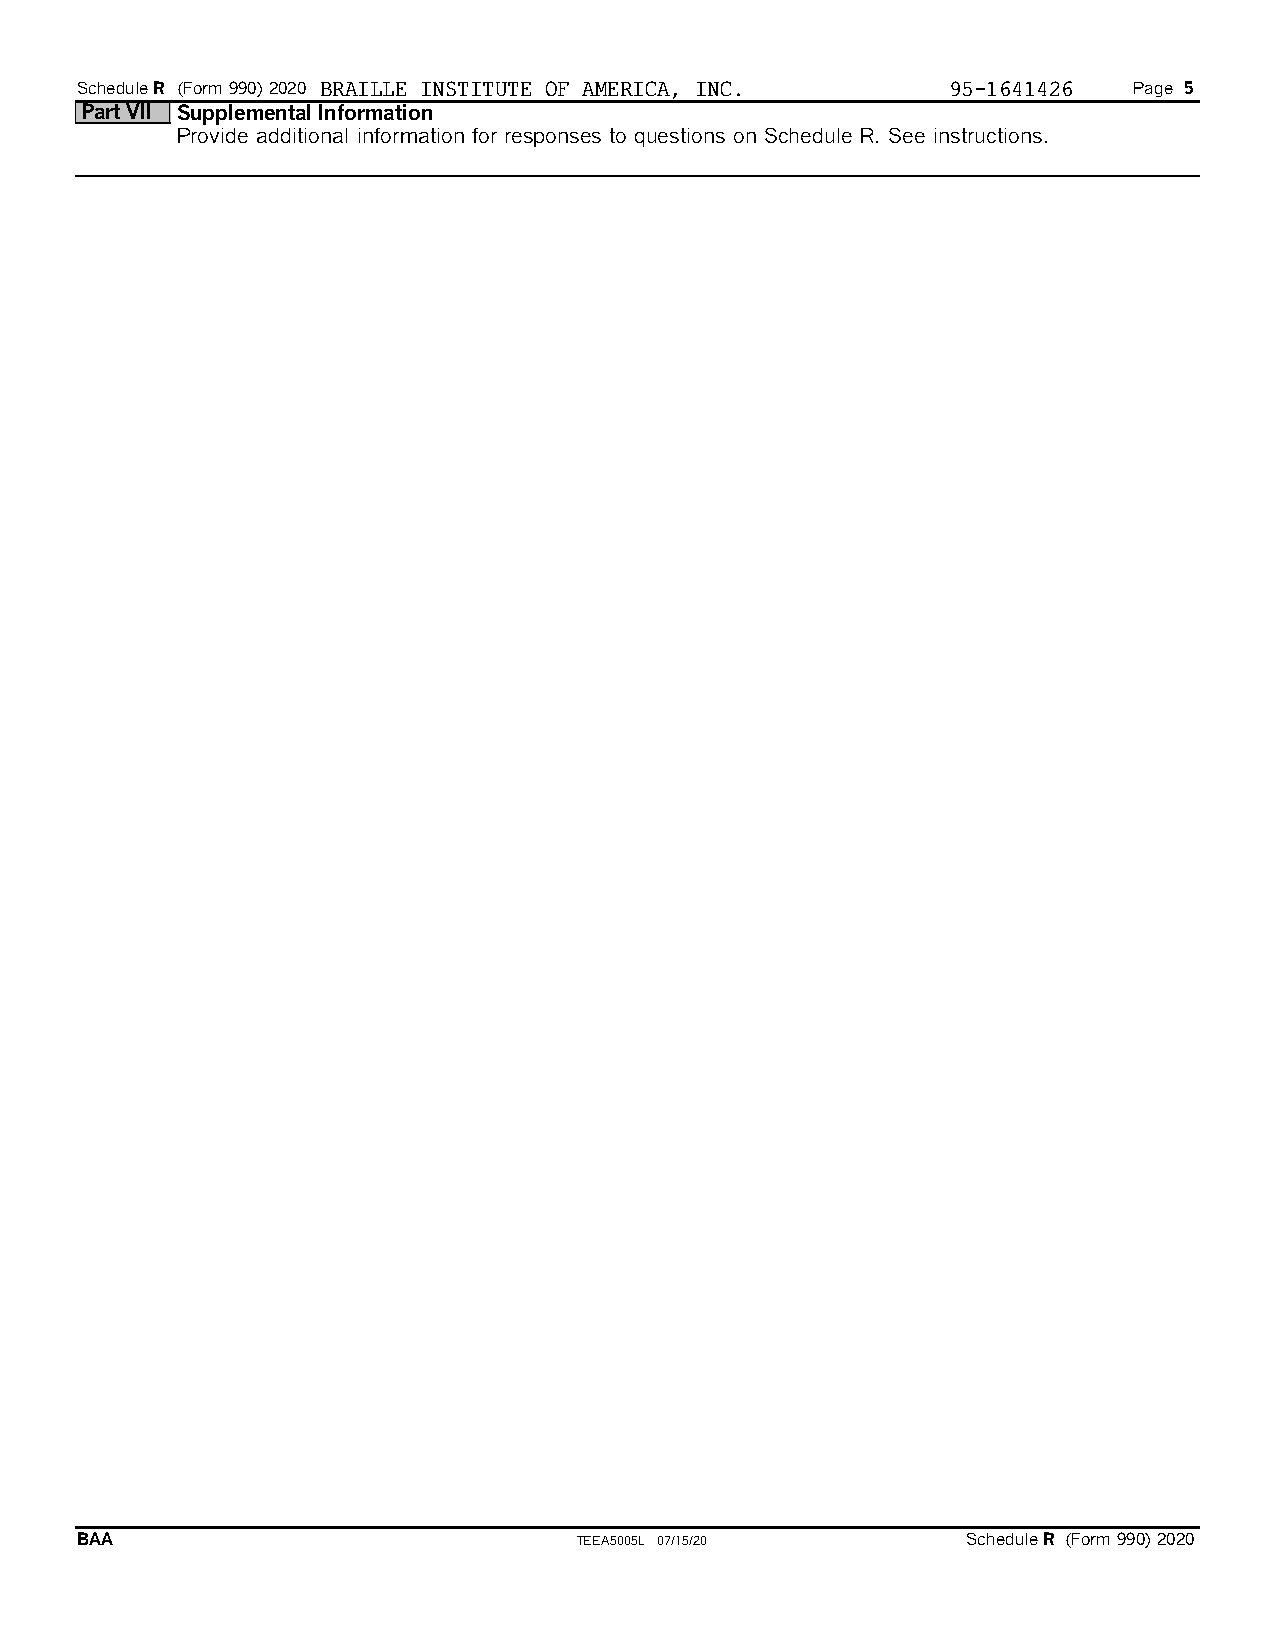
ScheduleR (Form 990) 2020 BRAILLE INSTITUTE OF AMERICA, INC. 95-1641426 Page 5
 Part VII Supplemental Information
 Provide additional information for responses to questions on Schedule R. See instructions.
 BAA                              TEEA5005L 07/15/20        ScheduleR (Form 990) 2020